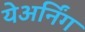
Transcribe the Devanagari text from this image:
येअर्निंग